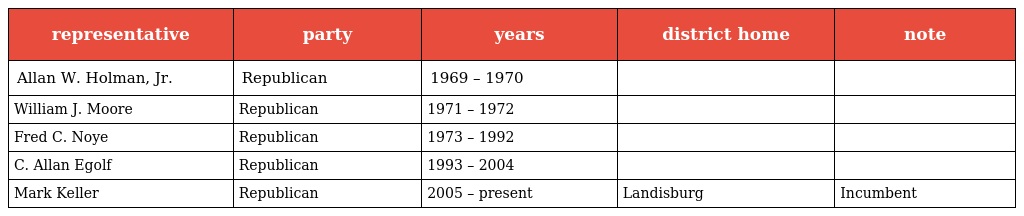
| representative | party | years | district home | note |
 | --- | --- | --- | --- | --- |
 | Allan W. Holman, Jr. | Republican | 1969 – 1970 |  |  |
 | William J. Moore | Republican | 1971 – 1972 |  |  |
 | Fred C. Noye | Republican | 1973 – 1992 |  |  |
 | C. Allan Egolf | Republican | 1993 – 2004 |  |  |
 | Mark Keller | Republican | 2005 – present | Landisburg | Incumbent |